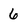
Character: 6